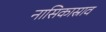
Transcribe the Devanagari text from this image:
नासिकास्राव